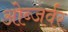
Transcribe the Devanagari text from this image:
ओब्जर्वर